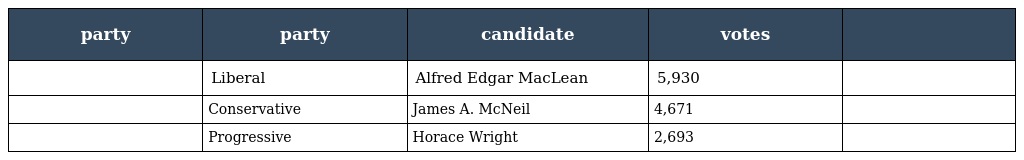
| party | party | candidate | votes |  |
 | --- | --- | --- | --- | --- |
 |  | Liberal | Alfred Edgar MacLean | 5,930 |  |
 |  | Conservative | James A. McNeil | 4,671 |  |
 |  | Progressive | Horace Wright | 2,693 |  |